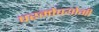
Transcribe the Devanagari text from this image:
परमोपयोगी